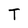
Character: T